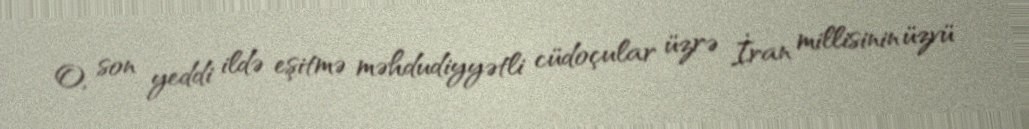
O, son yeddi ildə eşitmə məhdudiyyətli cüdoçular üzrə İran millisinin üzvü